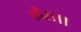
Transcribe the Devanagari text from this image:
हौंस।।